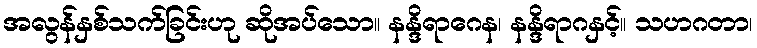
အလွန်နှစ်သက်ခြင်းဟု ဆိုအပ်သော။ နန္ဒိရာဂေန၊ နန္ဒိရာဂနှင့်။ သဟဂတာ၊